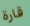
قارة